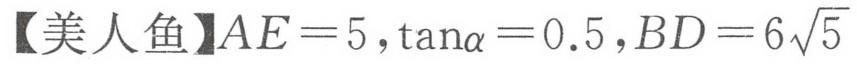
【美人鱼】\(AE = 5,\tan\alpha = 0.5,BD = 6\sqrt{5}\)